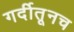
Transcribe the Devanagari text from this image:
गर्दीतूनच